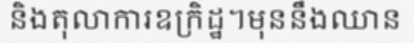
និងតុលាការឧក្រិដ្ឋ។មុននឹងឈាន